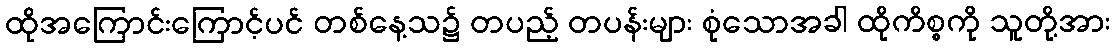
ထိုအကြောင်းကြောင့်ပင် တစ်နေ့သ၌ တပည့် တပန်းများ စုံသောအခါ ထိုကိစ္စကို သူတို့အား